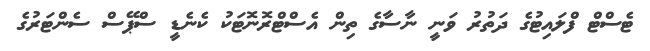
ޓެސްޓް ފްލައިޓުގެ ދަތުރު ވަނީ ނާސާގެ ތިން އެސްޓްރޮނޮޓަކު ކެނެޑީ ސްޕޭސް ސެންޓަރުގެ